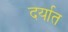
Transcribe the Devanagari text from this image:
दर्यात